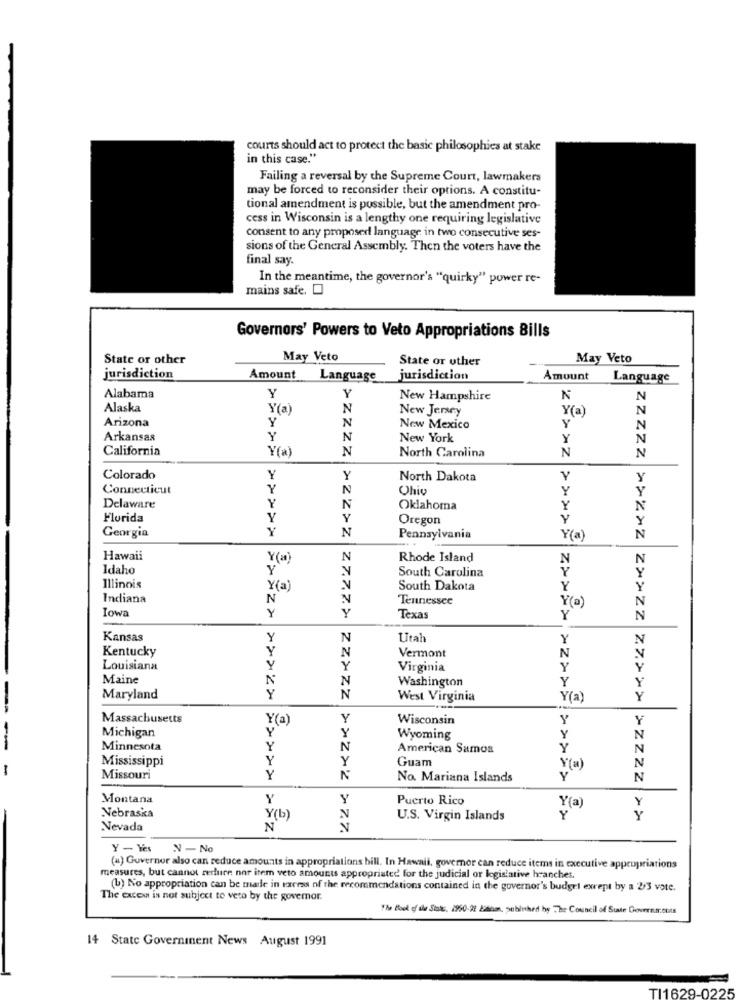
courts should act to protect the basic philosophies at stake
in this case."
Failing a reversal by the Supreme Court, lawmakers
may be forced to reconsider their options. A constitu-
tional amendment is possible, but the amendment pro-
cess in Wisconsin is a lengthy one requiring legislative
consent to any proposed language in two consecutive ses-
sions of the General Assembly. Then the voters have the
final say.
In the meantime, the governor's "quirky" power re-
mains safe.
Governors' Powers to Veto Appropriations Bills
State or other
May Veto
State or other
May Veto
jurisdiction
Amount
Language
jurisdiction
Amount
Language
Alabama
Y
Y
New Hampshire
N
Alaska
Y(a)
N
New Jersey
Y(a)
N
Arizona
Y
N
Y
New Mexico
N
Arkansas
Y
N
New York
Y
N
California
Y(a)
N
North Carolina
N
N
Colorado
Y
Y
North Dakota
Y
Y
Connecticut
Y
N
Ohio
Y
Y
Delaware
Y
N
Oklahoma
Y
N
Florida
Y
Y
Oregon
Y
Georgia
Y
N
Y
Pennsylvania
Y(a)
N
Hawaii
Y(a)
N
Rhode Island
N
N
Idaho
Y
South Carolina
Y
Illinois
Y(a)
South Dakota
Y
Y
Indiana
N
Tennessee
Iowa
Y(a)
N
Y
Y
Texas
Y
N
Kansas
Y
N
Utah
Y
N
Kentucky
Y
N
Vermont
N
Louisiana
Y
Y
Virginia
Y
Y
Maine
N
N
Washington
Y
Y
Maryland
Y
N
West Virginia
Y(a)
Y
-
Massachusetts
Y(a)
Y
Wisconsin
Y
Y
Y
Y
Michigan
Wyoming
Y
N
-
Minnesota
Y
N
American Samoa
Y
N
Mississippi
Y
Guam
-
Y
Y(a)
N
Missouri
Y
N
No. Mariana Islands
Y
N
Montana
Y
Y
Puerto Rico
Y(a)
Y
Nebraska
Y(b)
N
U.S. Virgin Islands
Y
Nevada
N
Y - Yes
N-No
(4) Guvernor also can reduce amounts in appropriations bill. In Hawaii, governor can reduce items in executive appropriations
measures, but cannot rerhure nor item veto amounts appropriated for the judicial or legislative hrancher.
(b) No appropriation can be made in excess of the recommendations contained in the governor's budget exept by a 2/3 vote.
The excew is not subject to veto by the governor.
The Book of de State, 1950-20 kasim, published by The Council of State Govru stas
14 State Government News August 1991
TI1629-0225